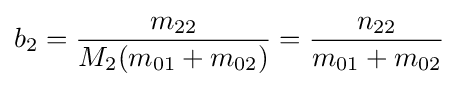
b_{2}={\frac {m_{22}}{M_{2}(m_{01}+m_{02})}}={\frac {n_{22}}{m_{01}+m_{02}}}